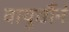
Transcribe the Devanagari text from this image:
वायुर्द्यौर्न